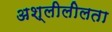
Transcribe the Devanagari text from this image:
अश्लीलीलता